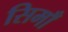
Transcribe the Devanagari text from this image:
सिमाँ